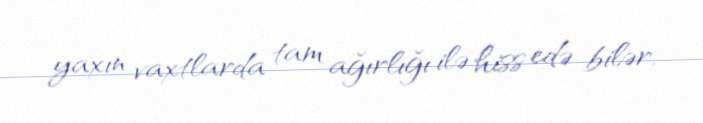
yaxın vaxtlarda tam ağırlığı ilə hiss edə bilər.